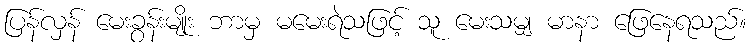
ပြန်လှန် မေးခွန်းမျိုး ဘာမှ မမေးရဲသဖြင့် သူ မေးသမျှ မာနာ ဖြေနေရသည်။